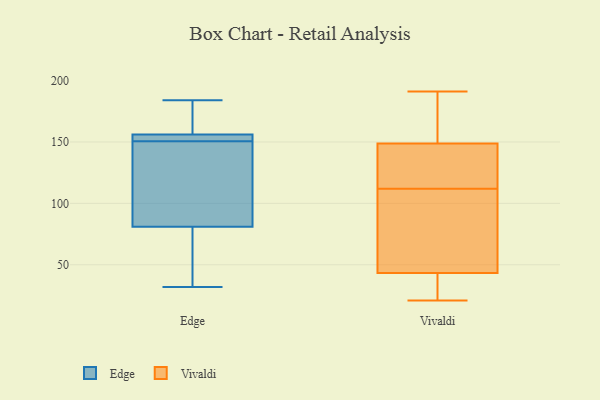
{"axis": {"x": "Shipments", "y": "Value"}, "legend": ["Edge", "Vivaldi"], "data": [{"x": "", "y": 160, "type": "Edge"}, {"x": "", "y": 119, "type": "Edge"}, {"x": "", "y": 81, "type": "Edge"}, {"x": "", "y": 149, "type": "Edge"}, {"x": "", "y": 184, "type": "Edge"}, {"x": "", "y": 155, "type": "Edge"}, {"x": "", "y": 33, "type": "Edge"}, {"x": "", "y": 152, "type": "Edge"}, {"x": "", "y": 32, "type": "Edge"}, {"x": "", "y": 156, "type": "Edge"}, {"x": "", "y": 96, "type": "Vivaldi"}, {"x": "", "y": 21, "type": "Vivaldi"}, {"x": "", "y": 112, "type": "Vivaldi"}, {"x": "", "y": 37, "type": "Vivaldi"}, {"x": "", "y": 136, "type": "Vivaldi"}, {"x": "", "y": 114, "type": "Vivaldi"}, {"x": "", "y": 38, "type": "Vivaldi"}, {"x": "", "y": 184, "type": "Vivaldi"}, {"x": "", "y": 153, "type": "Vivaldi"}, {"x": "", "y": 191, "type": "Vivaldi"}, {"x": "", "y": 59, "type": "Vivaldi"}]}